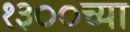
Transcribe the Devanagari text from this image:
१३००च्या